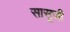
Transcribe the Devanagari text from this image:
सासूजी